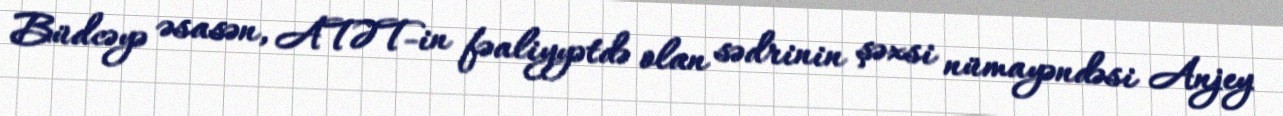
Büdcəyə əsasən, ATƏT-in fəaliyyətdə olan sədrinin şəxsi nümayəndəsi Anjey